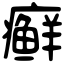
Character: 癣